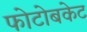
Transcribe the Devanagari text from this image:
फोटोबकेट